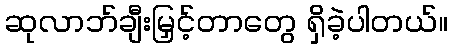
ဆုလာဘ်ချီးမြှင့်တာတွေ ရှိခဲ့ပါတယ်။